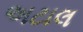
અટાલ